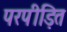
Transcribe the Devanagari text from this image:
परपीड़ित